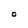
Character: O